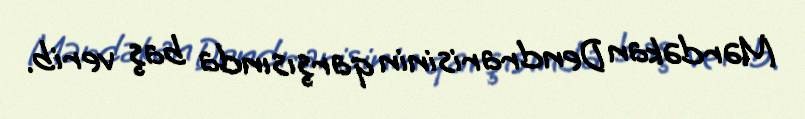
Mərdəkan Dendrarisinin qarşısında baş verib.